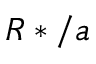
R * / a